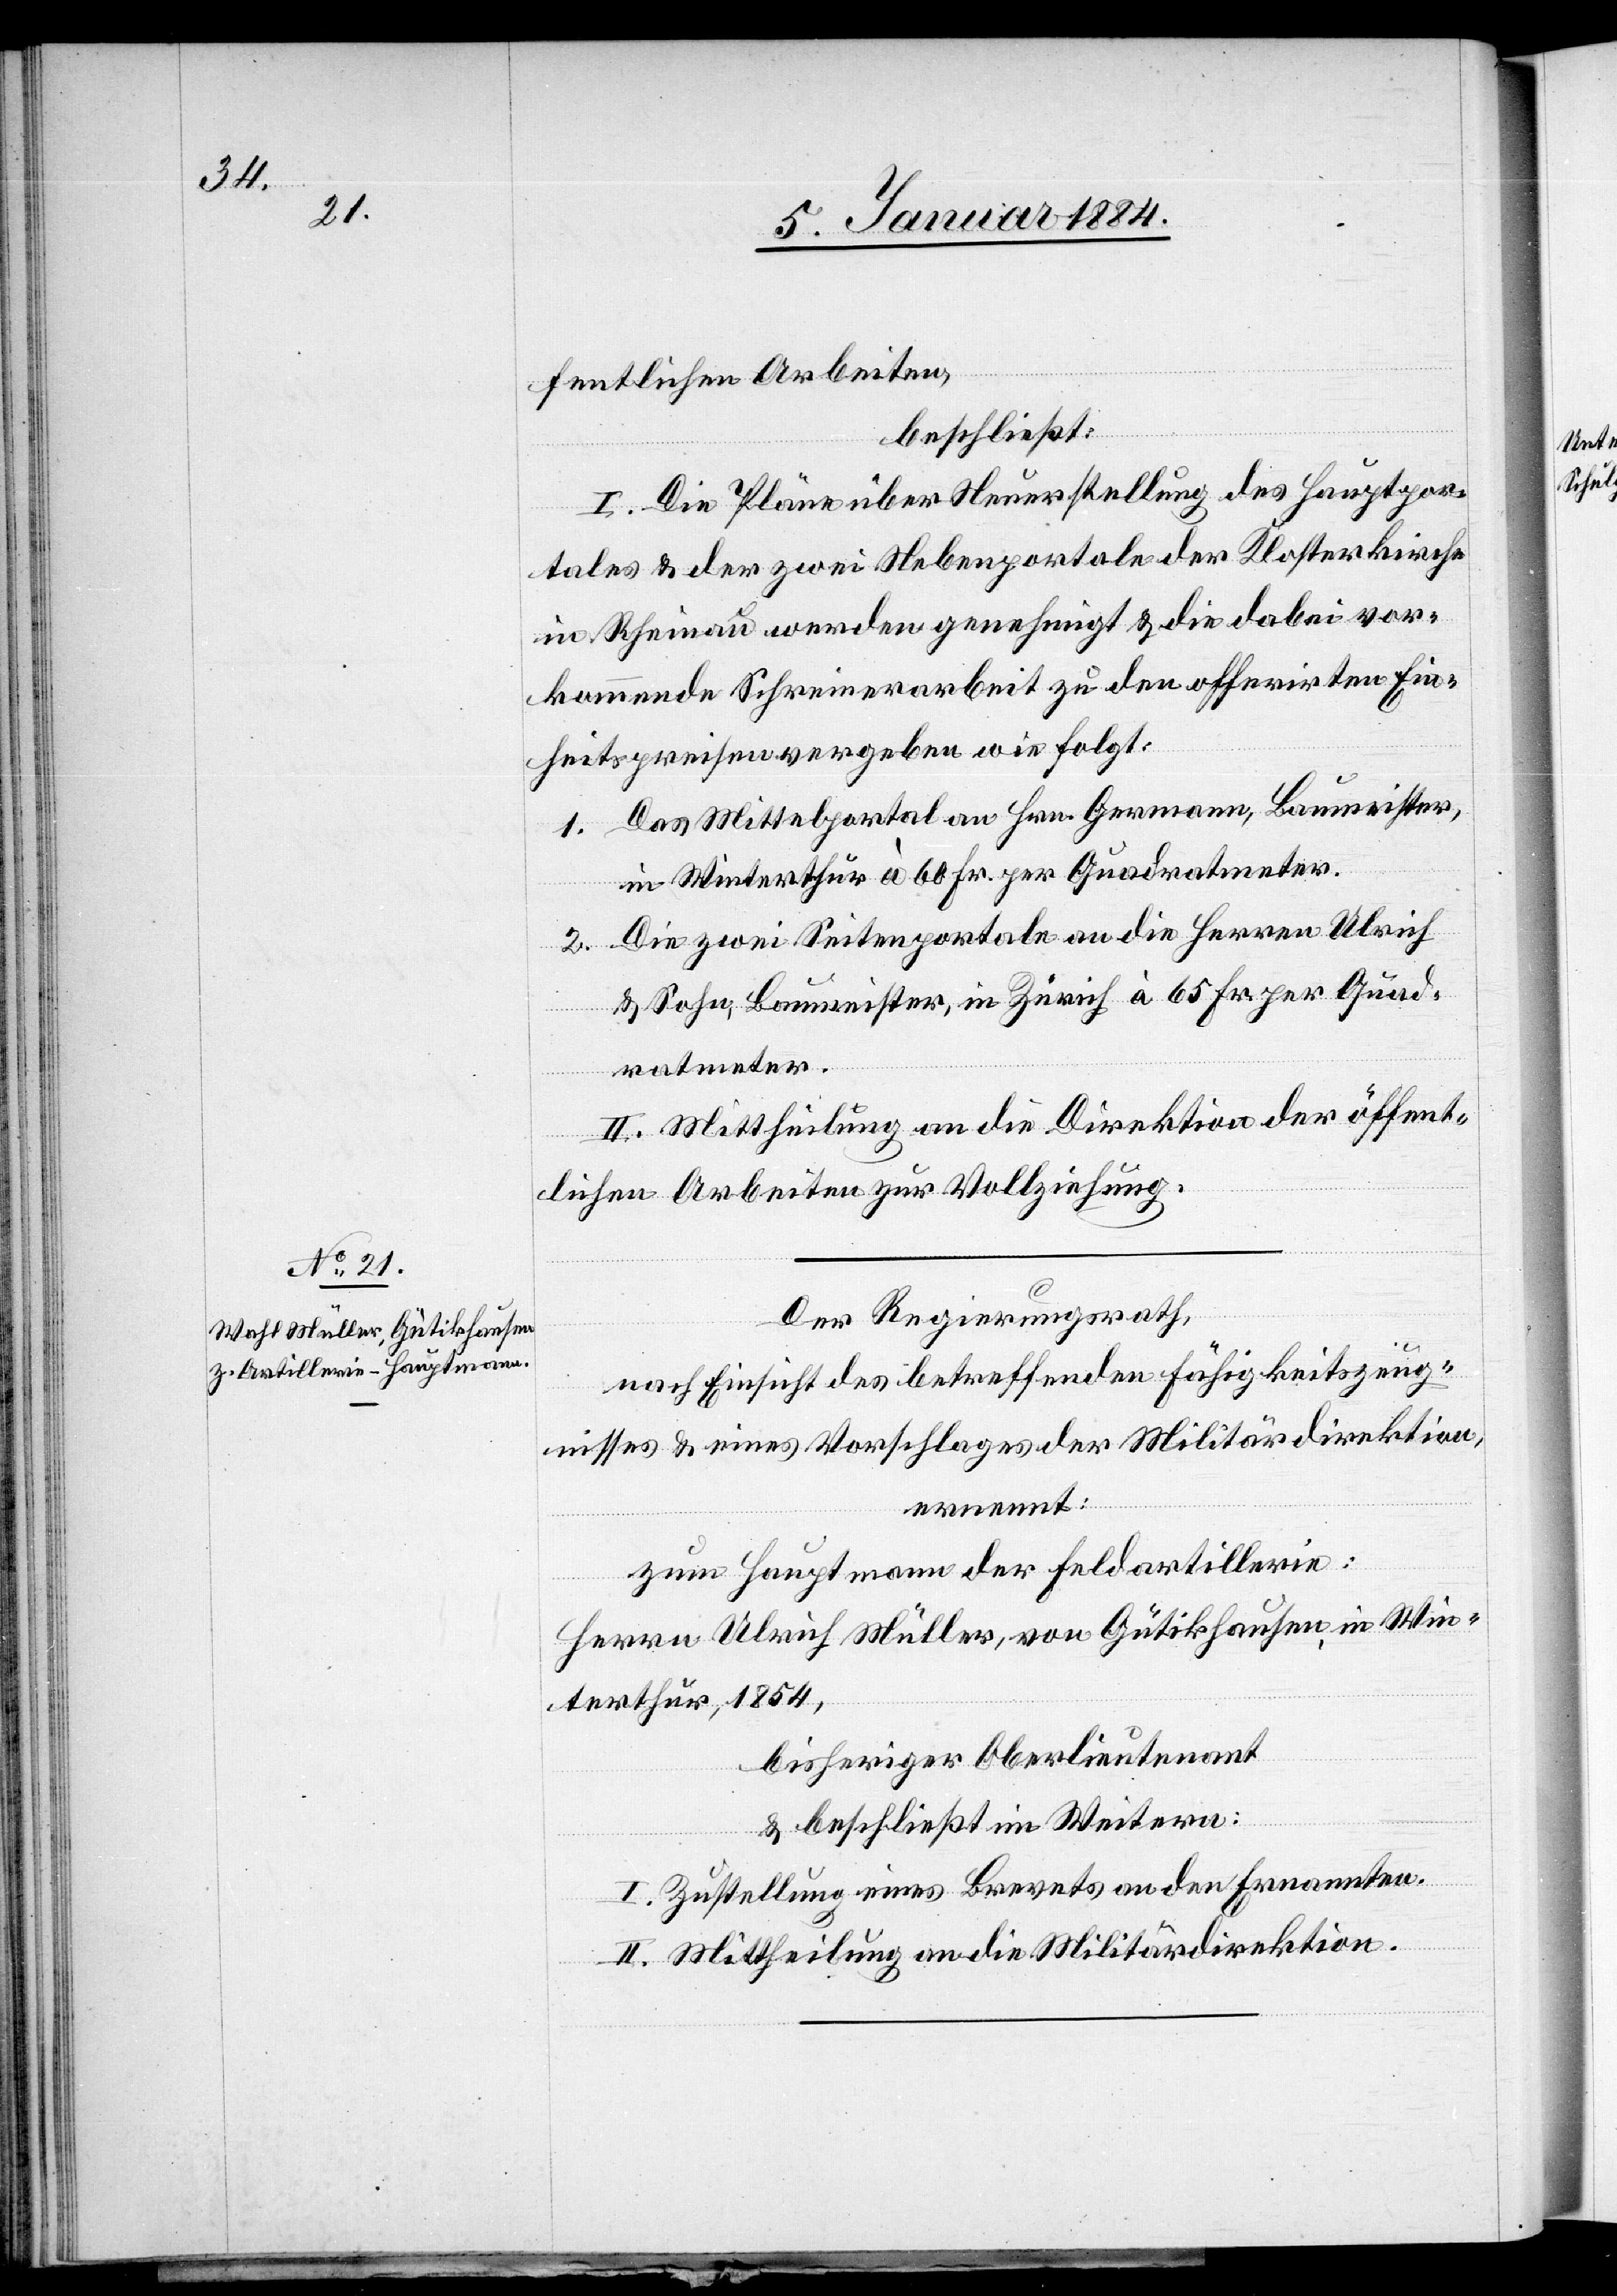
fentlichen Arbeiten,
beschließt:
I. Die Pläne über Neuerstellung des Hauptpor¬
tales & der zwei Nebenportale der Klosterkirche
in Rheinau werden genehmigt & die dabei vor¬
kommende Schreinerarbeit zu den offerirten Ein¬
heitspreisen vergeben wie folgt:
1. Das Mittelportal an Hrn. Germann, Baumeister,
in Winterthur à 60 Fr. per Quadratmeter.
2. Die zwei Seitenportale an die Herren Ulrich
& Sohn, Baumeister, in Zürich à 65 Fr. per Quad¬
ratmeter.
II. Mittheilung an die Direktion der öffent¬
lichen Arbeiten zur Vollziehung.
Der Regierungsrath,
nach Einsicht des betreffenden Fähigkeitszeug¬
nisses & eines Vorschlages der Militärdirektion,
ernennt:
zum Hauptmann der Feldartillerie:
Herrn Ulrich Müller, von Gütikhausen, in Win¬
terthur, 1854,
bisheriger Oberlieutenant
& beschließt im Weitern:
I. Zustellung eines Brevets an den Ernannten.
II. Mittheilung an die Militärdirektion.